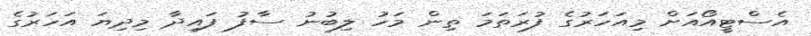
އެސްޓީއޯއަށް މިއަހަރުގެ ފުރަތަމަ ތިން މަހު ލިބުނު ސާފު ފައިދާ މިދިޔަ އަހަރުގެ